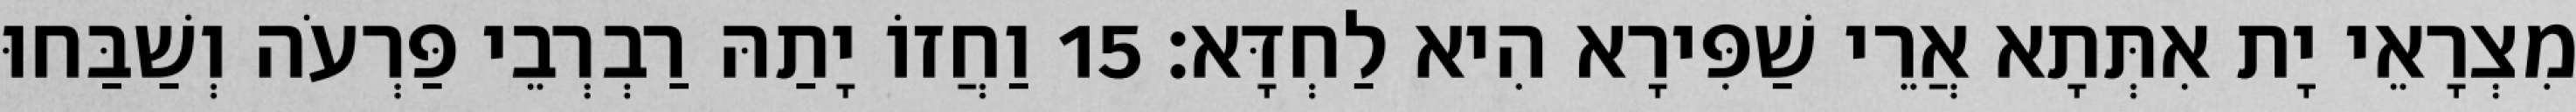
מִצְרָאֵי יָת אִתְּתָא אֲרֵי שַׁפִּירָא הִיא לַחְדָּא׃ 15 וַחֲזוֹ יָתַהּ רַבְרְבֵי פַּרְעֹה וְשַׁבַּחוּ